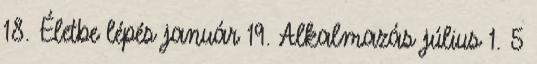
18. Életbe lépés január 19. Alkalmazás július 1. 5